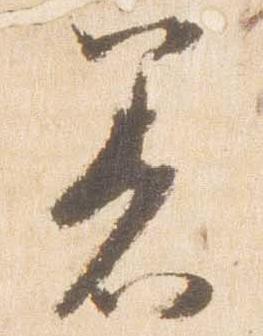
着